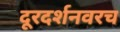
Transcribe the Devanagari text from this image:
दूरदर्शनवरच